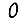
Digit: 0